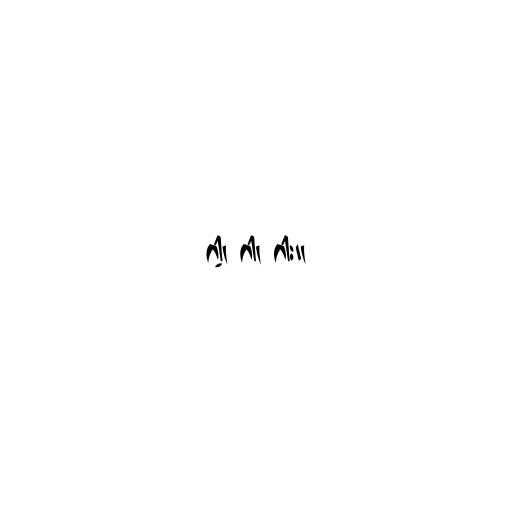
ဂါ့၊ ဂါ၊ ဂါး။